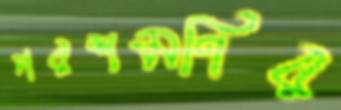
পরশমণির